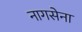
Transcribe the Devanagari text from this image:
नागसेना